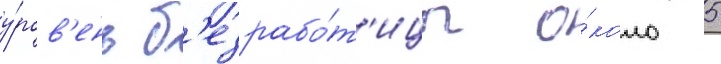
у́ров'ень б'езрабо́т'ицы о́коло 5